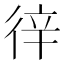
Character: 𢓫